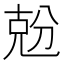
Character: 兝